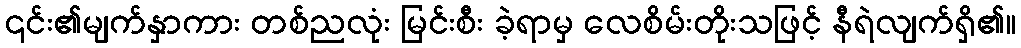
၎င်း၏မျက်နှာကား တစ်ညလုံး မြင်းစီး ခဲ့ရာမှ လေစိမ်းတိုးသဖြင့် နီရဲလျက်ရှိ၏။